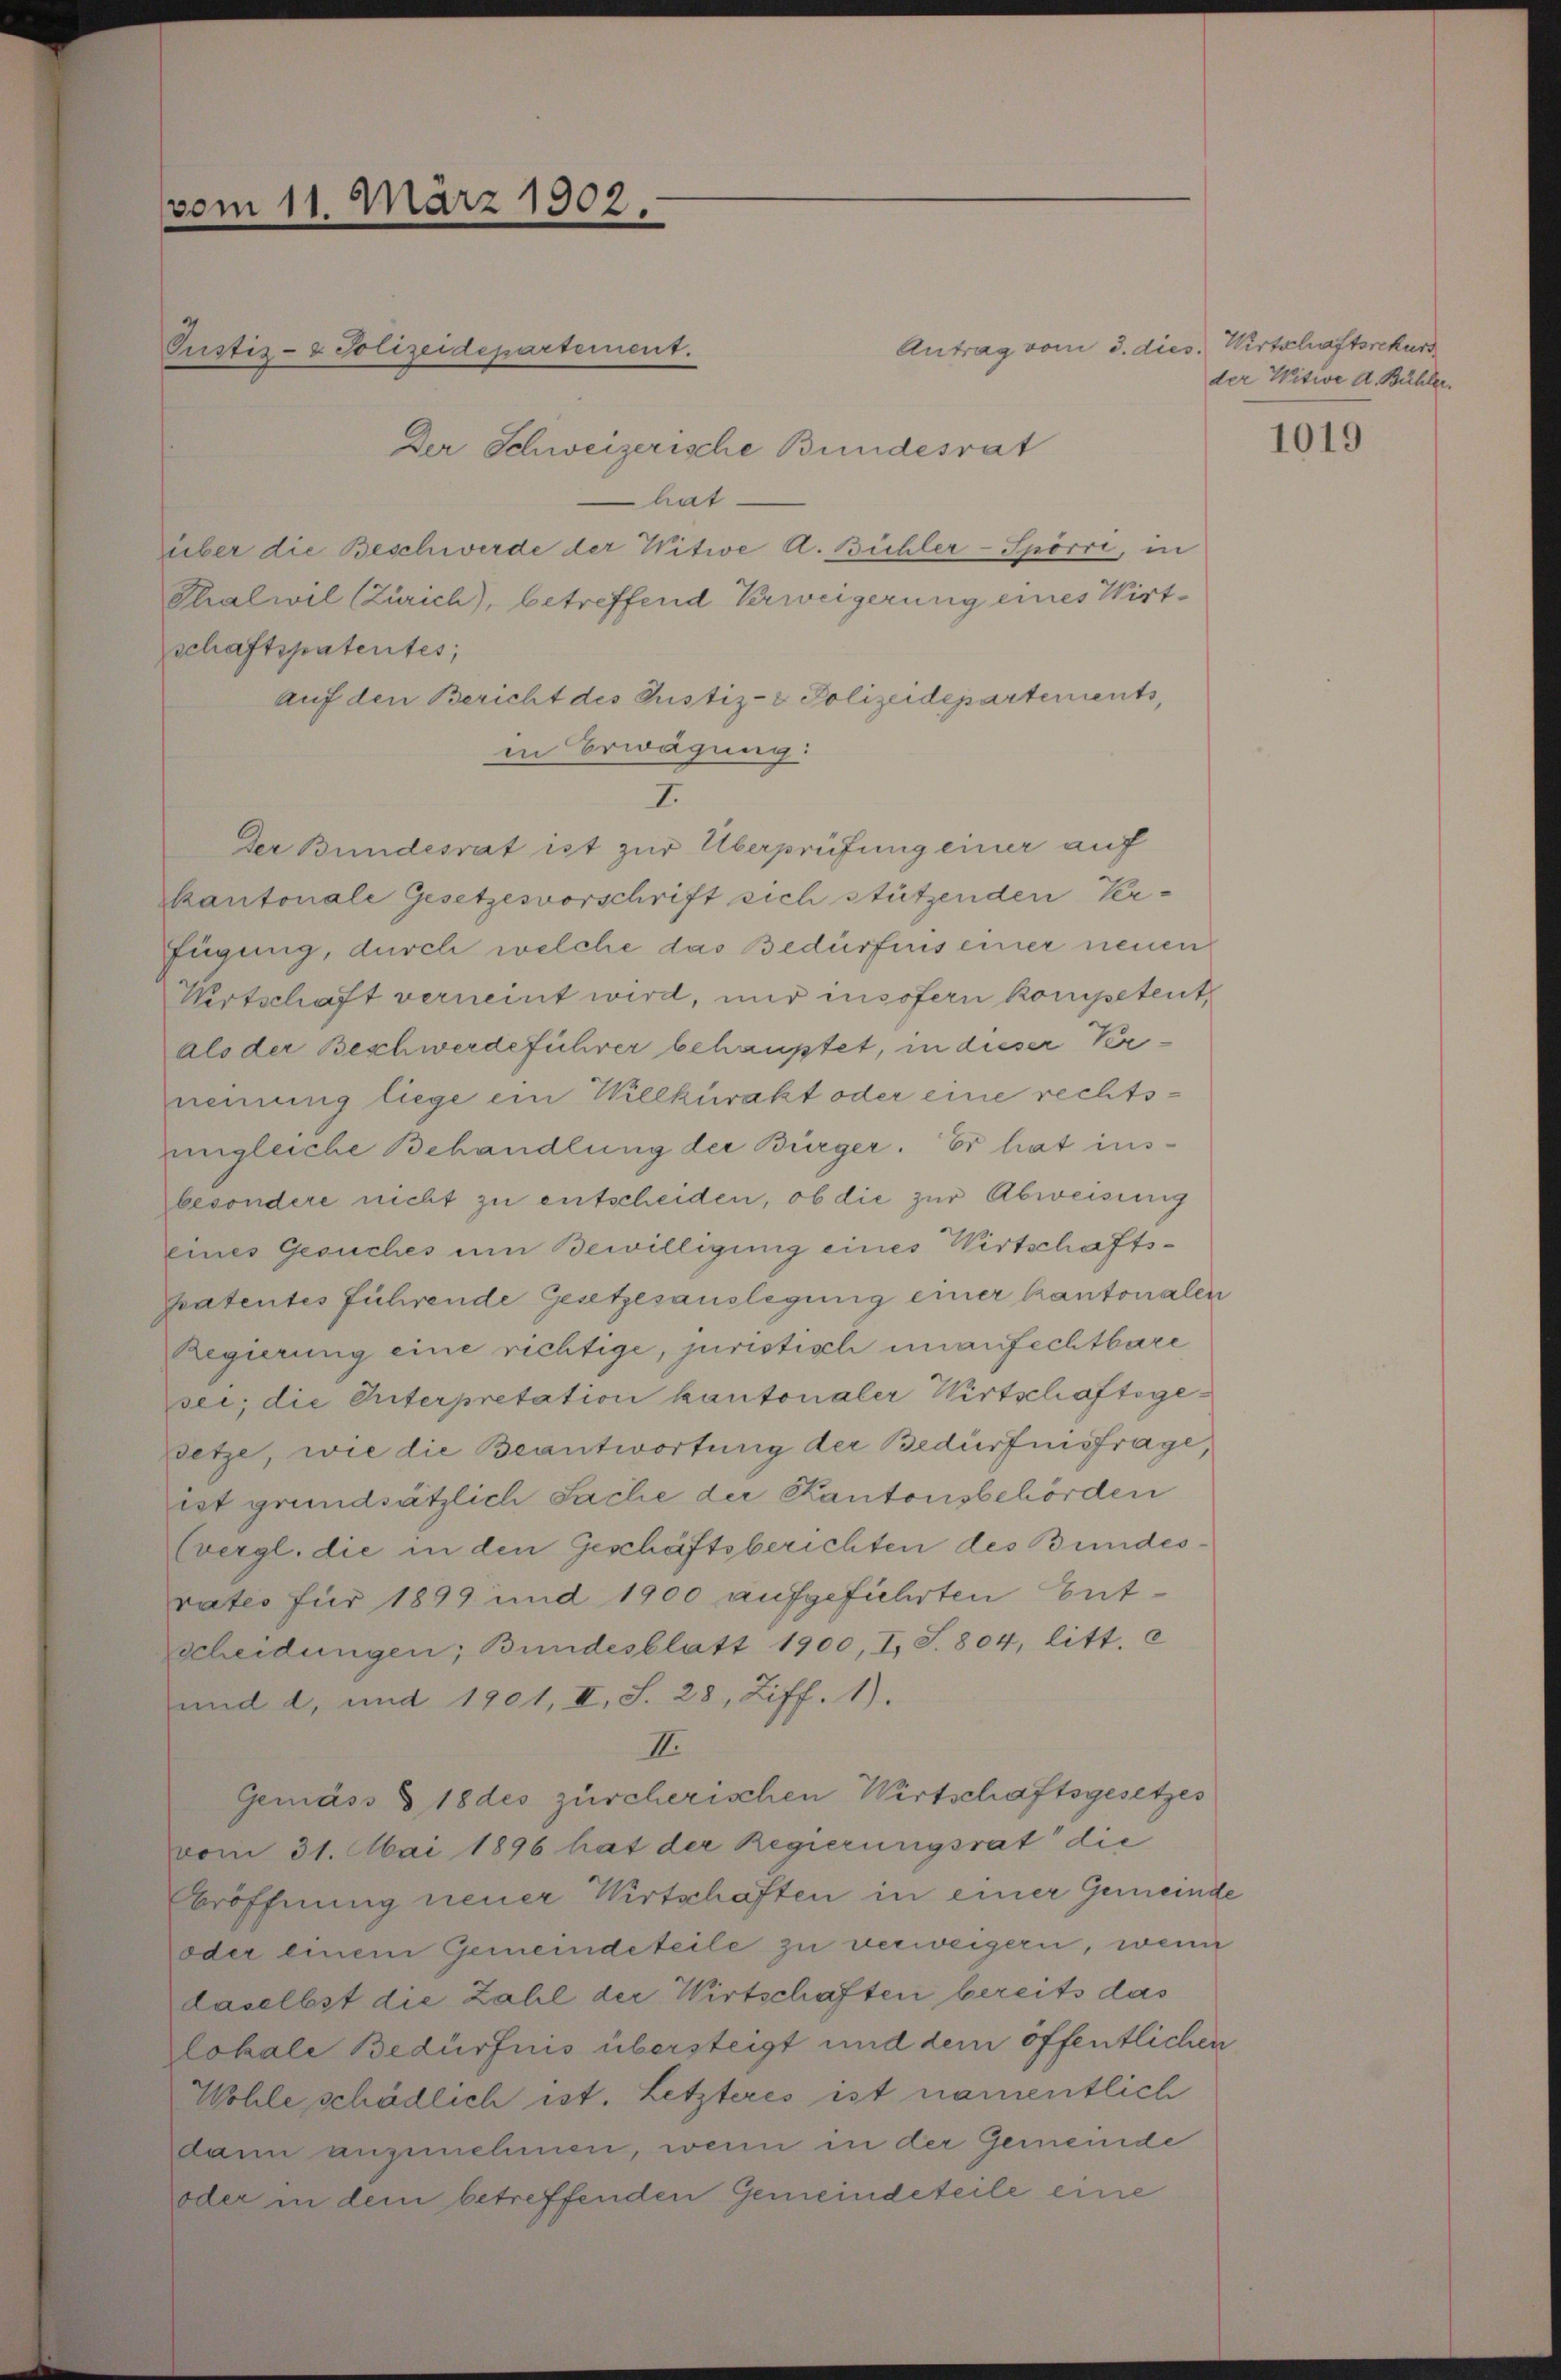
vom 11. März 1902.

Antrag vom 3. dies. Wirtschaftsrekurs
Der Schweizerische Bundesrat
hat
über die Beschwerde der Witwe A. Büchler-Spörri, in
Thalwil (Zürich), betreffend Verweigerung eines Wirt-
schaftspatentes,
auf den Bericht des Justiz- & Polizeidepartements,
in Erwägung:
Der Bundesrat ist zur Überprüfung einer auf
kantonale Gesetzesvorschrift sich stützenden Ver-
fügung, durch welche das Bedürfnis einer neuen
Wirtschaft verneint wird, nur insofern kompetent
als der Beschwerdeführer behauptet, in dieser Vernennung liege ein Willkürakt oder eine rechtsungleiche Behandlung der Bürger. Er hat insbesondere nicht zu entscheiden, ob die zur Abweisung
eines Gesuches um Bewilligung eines Wirtschaftspatentes führende Gesetzesauslegung einer kantonaler
Regierung eine richtige, juristisch unanfechtbare
sei; die Unterpretation kantonaler Wirtschaftsgesetze, wie die Beantwortung der Bedürfnisfrage,
ist grundsätzlich Sache der Kantonsbehörden
Evergl. die in den Geschäftsberichten des Bundesvatio für 1899 und 1900 aufgeführten Entscheidungen; Bundesblatt 1900, I, S. 804, litt. c
und d., und 1901, II, S. 28, Ziff. 1).
II.
Gemäss § 18 des zürcherischen Wirtschaftsgesetzes
vom 31. Mai 1896 hat der Regierungsrat die
eröffnung neuer Wirtschaften in einer Gemeina
oder einem Gemeindeteile zu verweigern, wenn
daselbst die Zahl der Wirtschaften bereits das
lokale Bedürfnis übersteigt und dem öffentlichen
Wohle schädlich ist. Letzteres ist namentlich
dann anzunehmen, wenn in der Gemeinde
oder in dem betreffenden Gemeindeteile eine

Pustiz- & Polizeidepartement.

I.

der Witwe A. Bühler.

1019